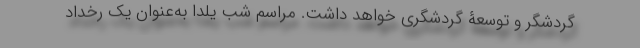
گردشگر و توسعۀ گردشگری خواهد داشت. مراسم شب یلدا به‌عنوانِ یک رخداد